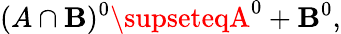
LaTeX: (A\cap\mathbf{B})^{0}\supseteqA^{0}+\mathbf{B}^{0},